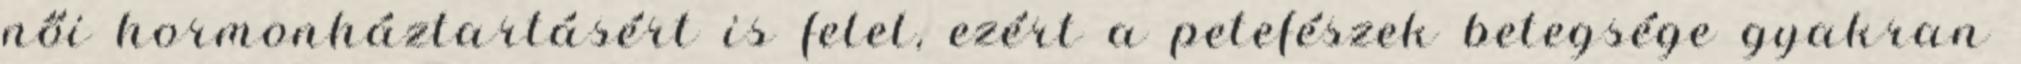
női hormonháztartásért is felel, ezért a petefészek betegsége gyakran